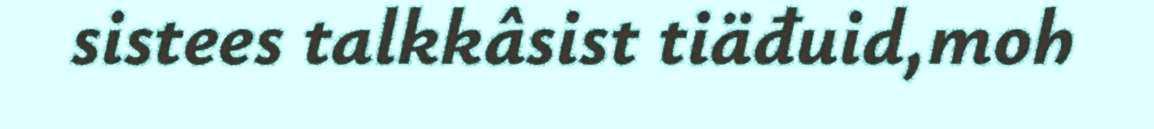
sistees talkkâsist tiäđuid,moh